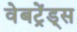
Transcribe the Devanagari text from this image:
वेबट्रेंड्स